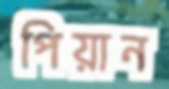
পিয়ান